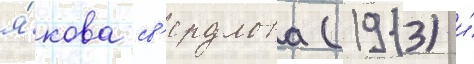
я́кова св'ердлова (1913) и́